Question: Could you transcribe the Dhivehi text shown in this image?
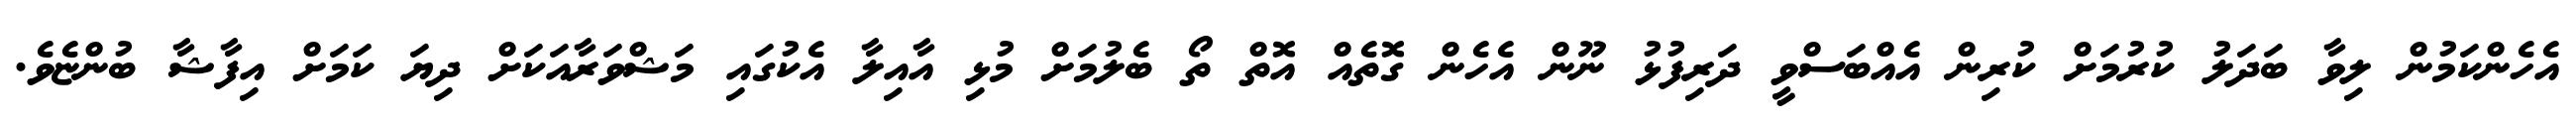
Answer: އެހެންކަމުން ލިވާ ބަދަލު ކުރުމަށް ކުރިން އެއްބަސްވީ ދަރިފުޅު ނޫން އެހެން ގޮތެއް އޮތް ތޯ ބެލުމަށް މުޅި އާއިލާ އެކުގައި މަޝްވަރާއަކަށް ދިޔަ ކަމަށް އިފާޝާ ބުންޏެވެ.